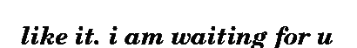
like it. i am waiting for u